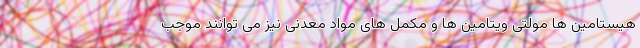
هیستامین ها مولتی ویتامین ها و مکمل های مواد معدنی نیز می توانند موجب